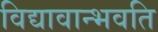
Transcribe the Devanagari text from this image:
विद्यावान्भवति